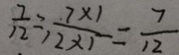
\frac { 7 } { 1 2 } = , \frac { 7 \times 1 } { 1 2 \times 1 } = \frac { 7 } { 1 2 }